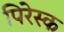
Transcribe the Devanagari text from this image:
पिरेस्क